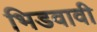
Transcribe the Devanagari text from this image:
भिडवावी